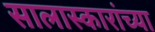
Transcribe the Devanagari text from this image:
सालास्कारांच्या